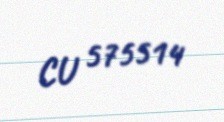
CU 575514